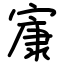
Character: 㝩